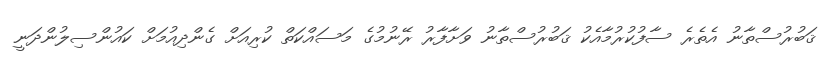
ޤަބުރުސްތާނު އެތެރެ ސާފުކުރުމާއެކު ޤަބުރުސްތާނު ވަށާފާރު ރޭނުމުގެ މަސައްކަތް ކުރިއަށް ގެންދިއުމަށް ކައުންސިލުންދަނީ